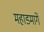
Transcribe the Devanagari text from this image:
महाडमार्गे